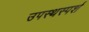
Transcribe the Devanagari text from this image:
उपस्थस्पर्श